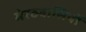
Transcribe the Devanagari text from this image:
मेरठवासियों